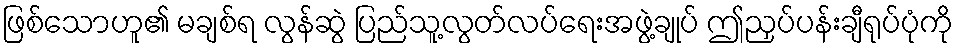
ဖြစ်သောဟူ၏ မချစ်ရ လွန်ဆွဲ ပြည်သူ့လွတ်လပ်ရေးအဖွဲ့ချုပ် ဤညှပ်ပန်းချီရုပ်ပုံကို